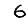
Digit: 6